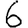
Digit: 6